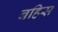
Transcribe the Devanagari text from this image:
बहिस